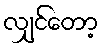
လျှင်တော့